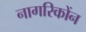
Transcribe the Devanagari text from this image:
नागरिकोंन